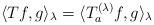
LaTeX: \begin{align*}\langle T f, g \rangle_\lambda = \langle T^{(\lambda)}_a f, g \rangle_\lambda\end{align*}